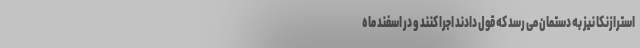
استرازنکا نیز به دستمان می رسد که قول دادند اجرا کنند و در اسفند ماه